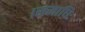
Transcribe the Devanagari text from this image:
।समाधिः